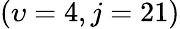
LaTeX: \left(\upsilon=4,j=21\right)